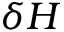
\delta H